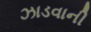
ઝાડવાની